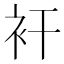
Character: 衦